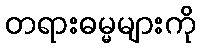
တရားဓမ္မများကို